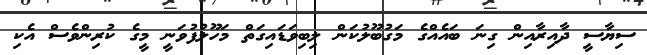
ސިޔާސީ ދާއިރާއިން ގިނަ ބައެއްގެ މަގުބޫލުކަން ލިބިވަޑައިގަތް މަހޫލުފުވަނީ މީގެ ކުރިންވެސް އެކި